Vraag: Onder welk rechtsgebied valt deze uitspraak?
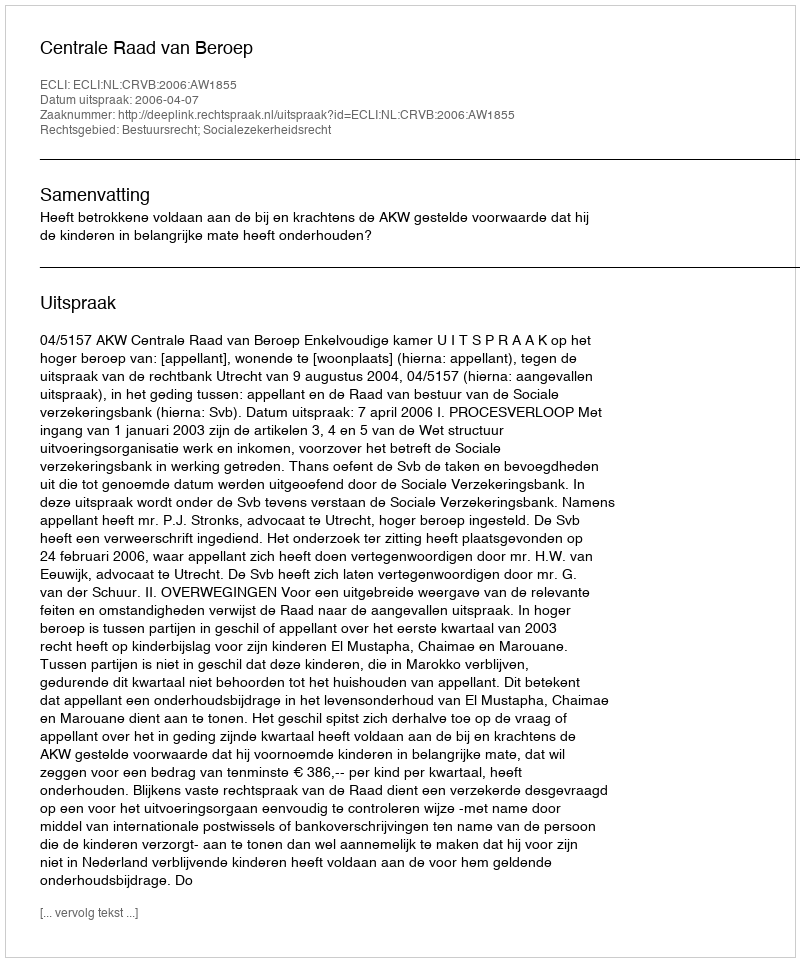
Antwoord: Bestuursrecht; Socialezekerheidsrecht